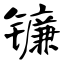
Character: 镰